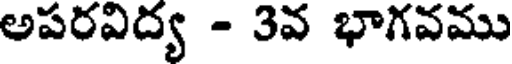
అపరవిద్య - 3వ భాగవము